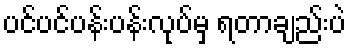
ပင်ပင်ပန်းပန်းလုပ်မှ ရတာချည်းပဲ